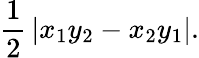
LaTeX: {\frac{1}{2}}\, |x_{1}y_{2}-x_{2}y_{1}|.